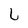
Character: L